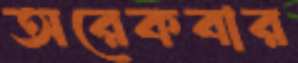
অরেকবার